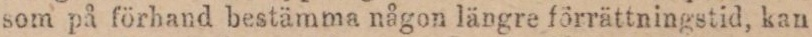
som på förhand bestämma någon längre förrättningstid, kan